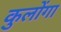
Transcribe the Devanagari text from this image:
कुलोंगा